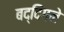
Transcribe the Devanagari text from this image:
बद्दिगने